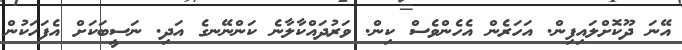
އޭނަ ދޫކޮށްލައިފިން. އަހަރެން އެހެންވެސް ކިން. ވަރުދައްކާލާނެ ކަންނޭނގެ އަދި. ނަސީބަކަށް އެފަހަކުން